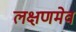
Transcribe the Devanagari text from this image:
लक्षणमेव